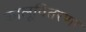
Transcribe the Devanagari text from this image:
कालूवितरणा